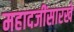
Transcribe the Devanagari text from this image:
महादजींसारखे